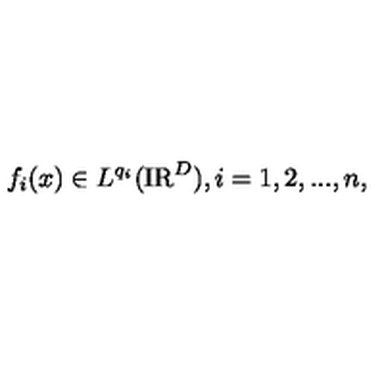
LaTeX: f _ { i } ( x ) \in L ^ { q _ { i } } ( \mathrm { I R } ^ { D } ) , i = 1 , 2 , . . . , n ,